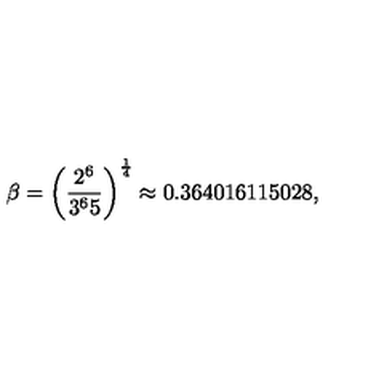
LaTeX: \beta = \left( { \frac { 2 ^ { 6 } } { 3 ^ { 6 } 5 } } \right) ^ { \frac { 1 } { 4 } } \approx 0 . 3 6 4 0 1 6 1 1 5 0 2 8 ,